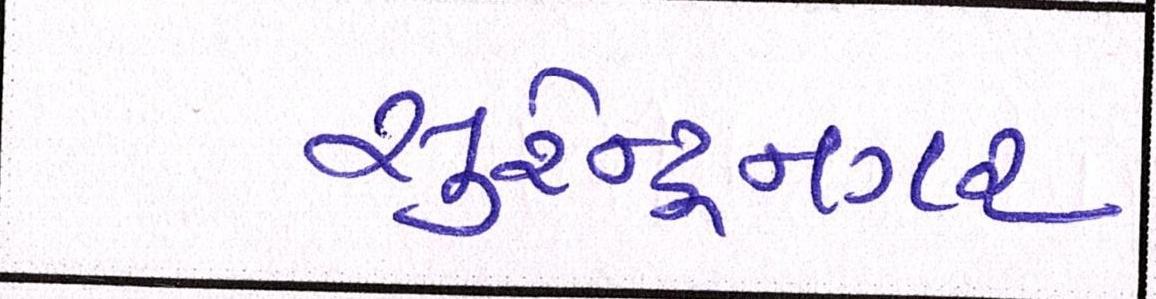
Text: સુરેન્દ્રનગર